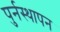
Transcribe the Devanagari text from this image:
पुर्नस्थापन